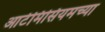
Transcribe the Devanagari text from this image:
आर्टेमिसियमच्या